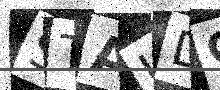
Text: STAUDG